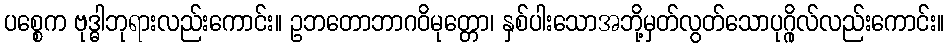
ပစ္စေက ဗုဒ္ဓါဘုရားလည်းကောင်း။ ဥဘတောဘာဂဝိမုတ္တော၊ နှစ်ပါးသောအဘို့မှတ်လွတ်သောပုဂ္ဂိုလ်လည်းကောင်း။